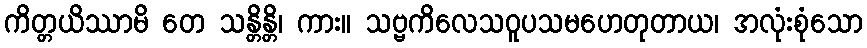
ကိတ္တယိဿာမိ တေ သန္တိန္တိ၊ ကား။ သဗ္ဗကိလေသဝူပသမဟေတုတာယ၊ အလုံးစုံသော